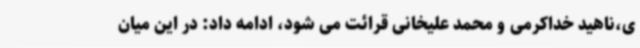
ی،ناهید خداکرمی و محمد علیخانی قرائت می شود، ادامه داد: در این میان